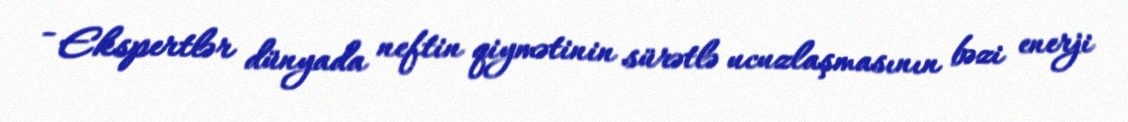
- Ekspertlər dünyada neftin qiymətinin sürətlə ucuzlaşmasının bəzi enerji